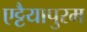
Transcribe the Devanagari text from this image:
एट्टैयापुरम